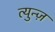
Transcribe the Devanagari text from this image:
त्युन्ज़